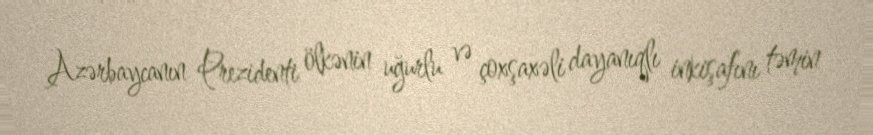
Azərbaycanın Prezidenti ölkənin uğurlu və çoxşaxəli dayanıqlı inkişafını təmin